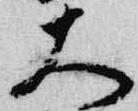
大